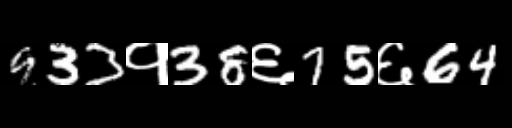
Text: 933१38६75६64